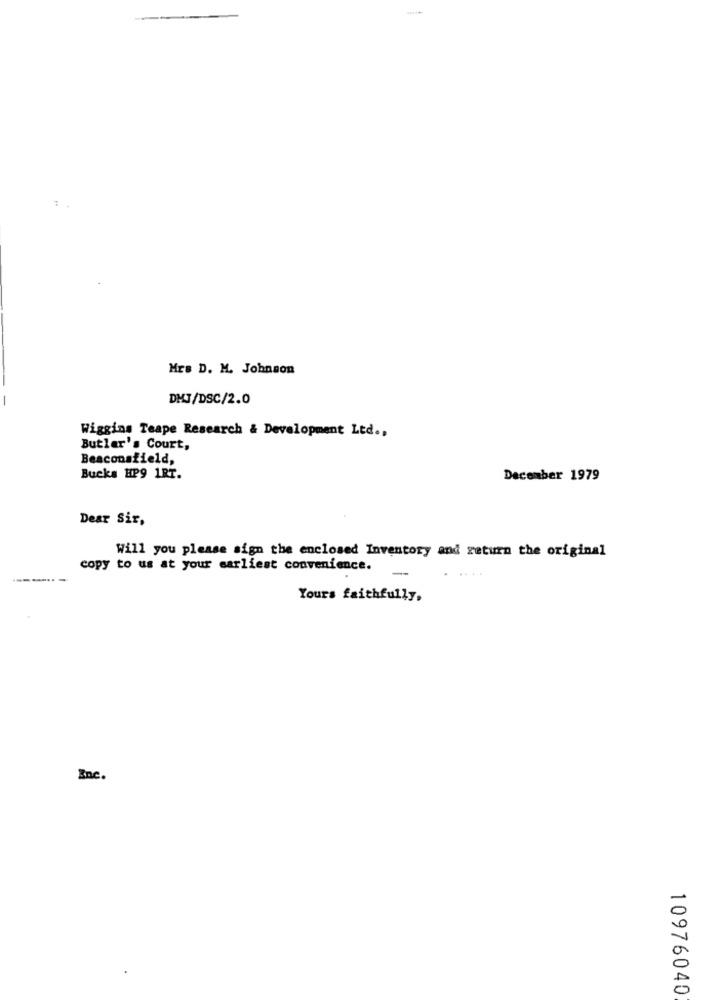
Mrs D. M. Johnson
DMJ/DSC/2.0
Wiggins Teape Research & Development Ltd .,
Butler's Court,
Beaconsfield,
Bucks HP9 1RT.
December 1979
Dear Sir,
Will you please sign the enclosed Inventory and return the original
copy to us at your earliest convenience.
. ....
Yours faithfully,
Enc.
10976040